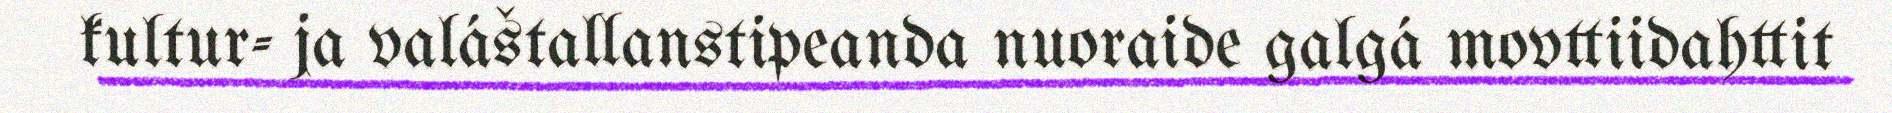
kultur- ja valáštallanstipeanda nuoraide galgá movttiidahttit